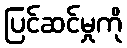
ပြင်ဆင်မှုကို